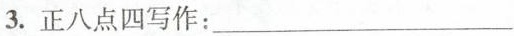
3. 正八点四写作：___